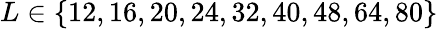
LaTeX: L\in\{ 12,16,20,24,32,40,48,64,80\}